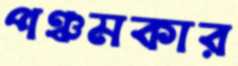
পঞ্চমকার